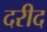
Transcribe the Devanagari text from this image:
दरीद